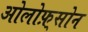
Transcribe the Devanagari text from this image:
ओलोफ़्सोन